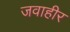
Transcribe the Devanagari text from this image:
जवाहीर